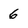
Character: 6